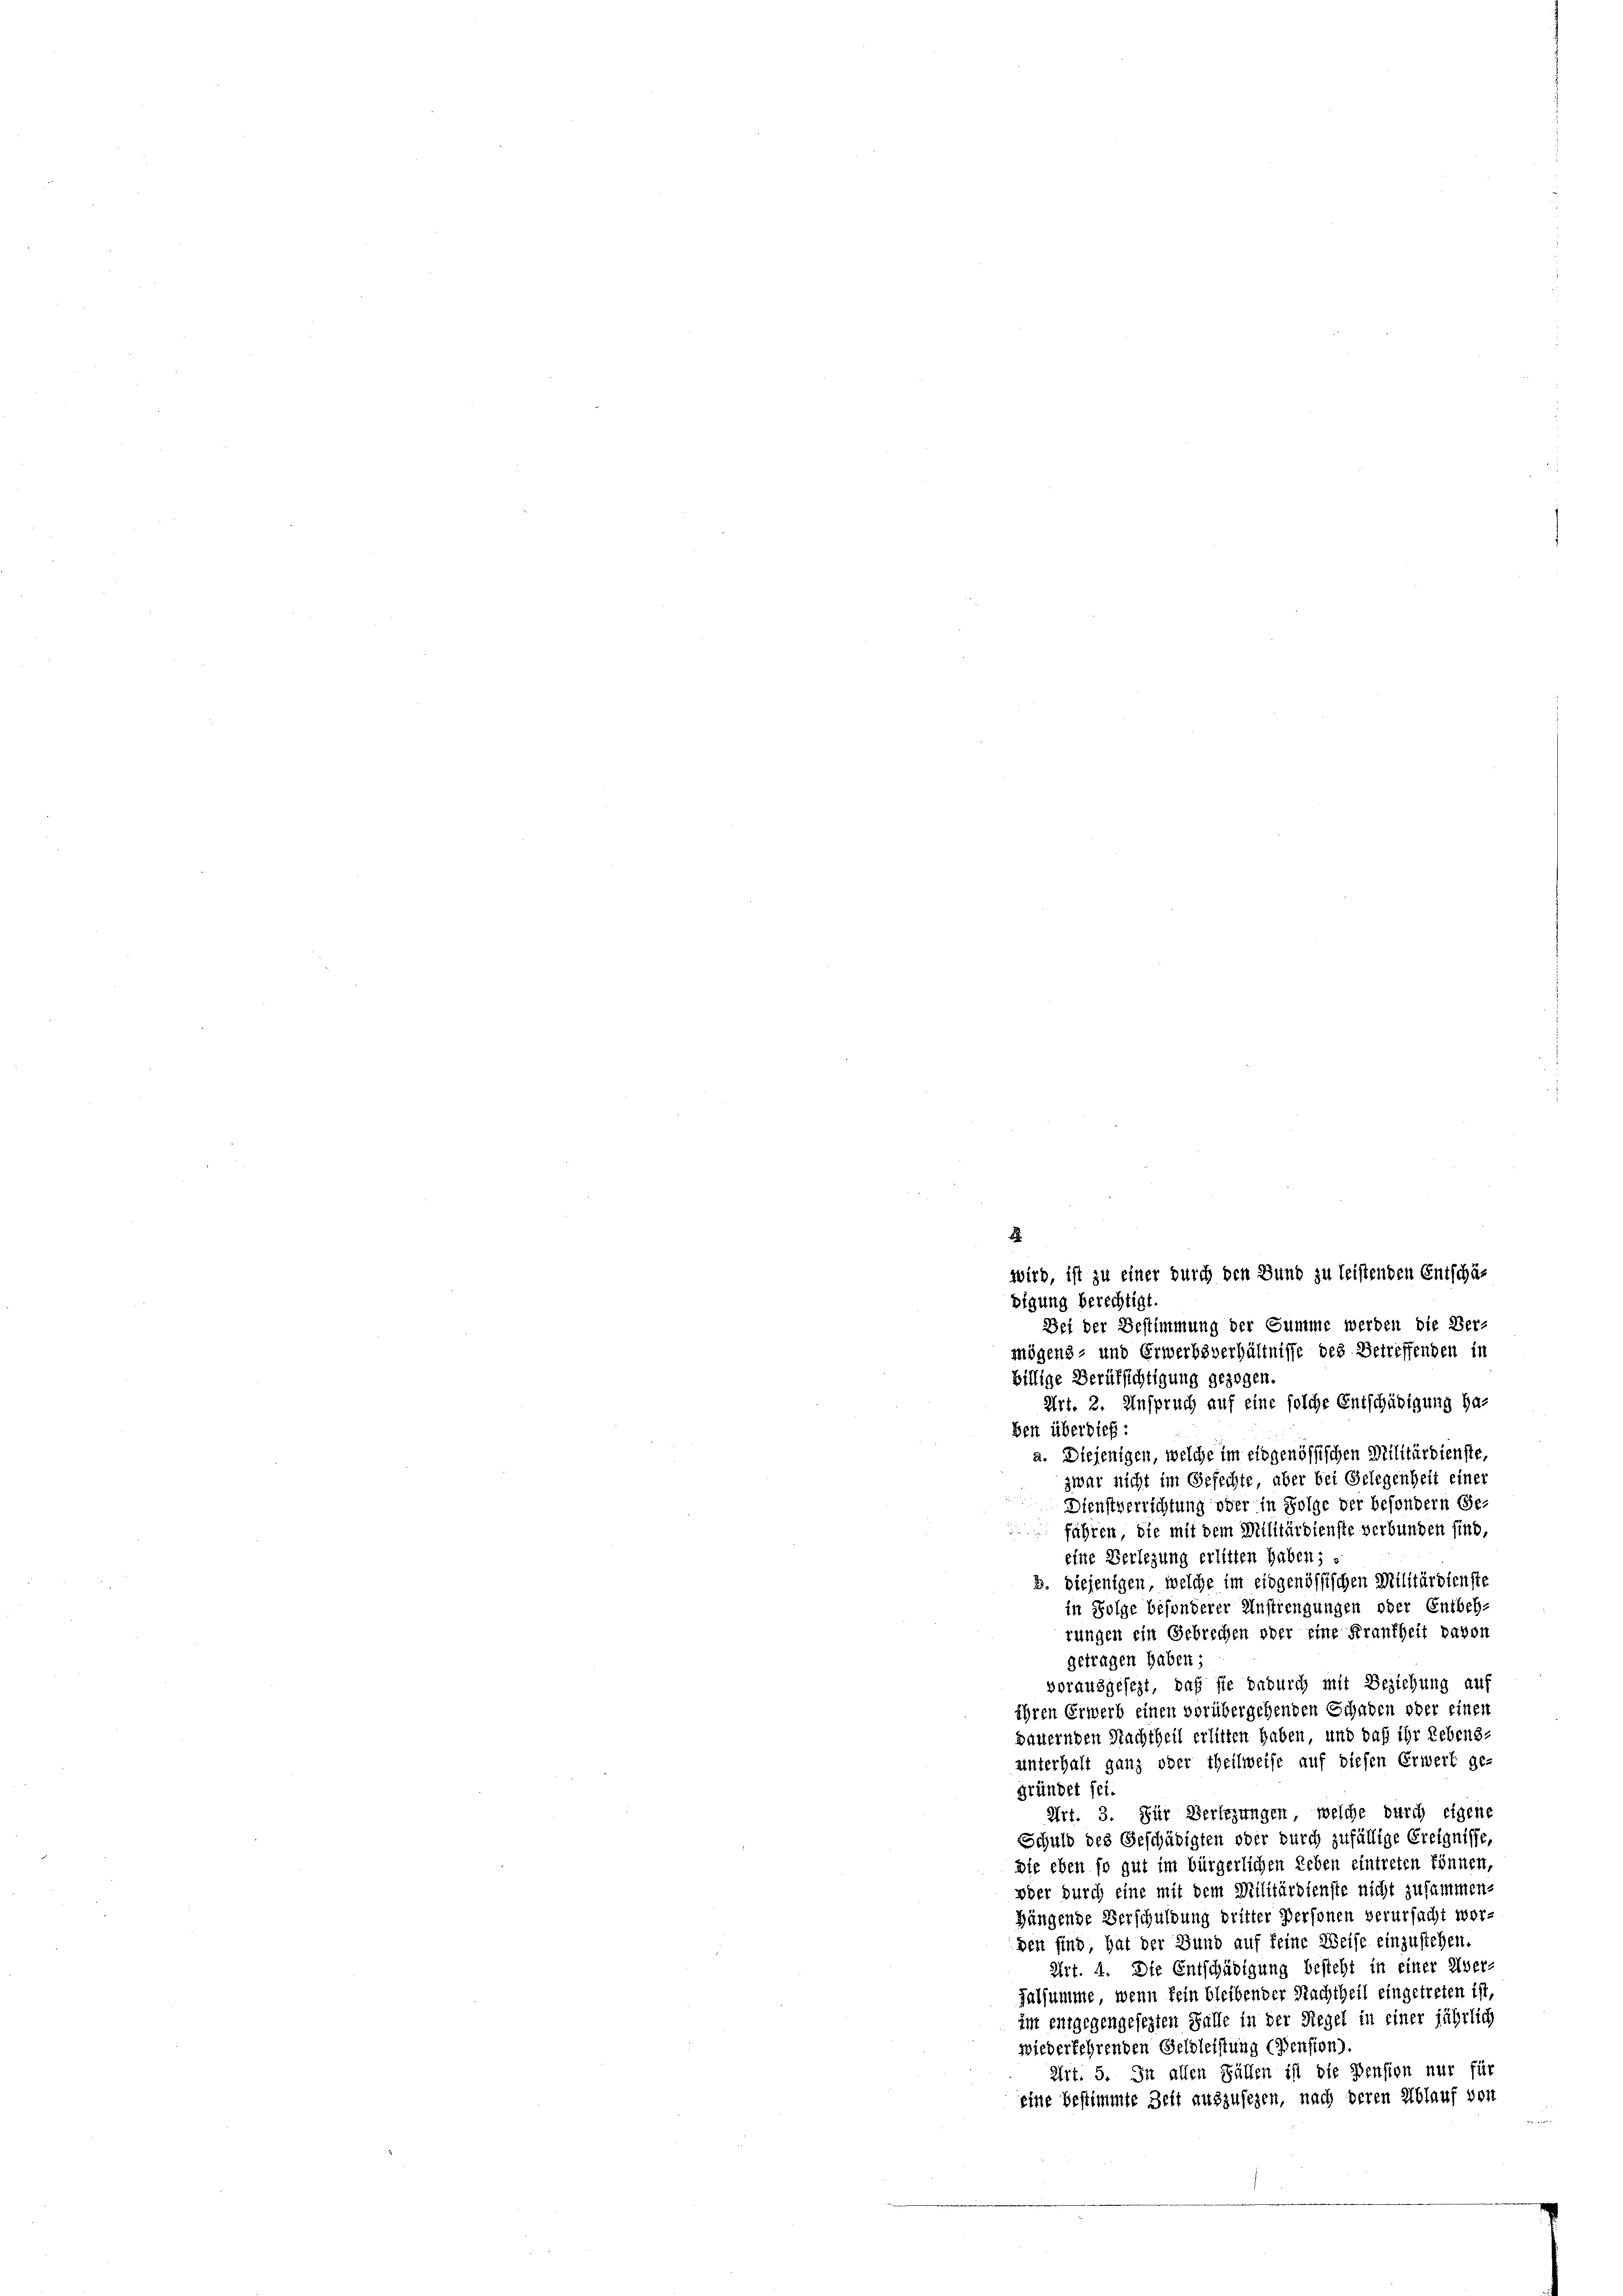
Bei der Bestimmung der Summe werden die Ver-
mögens- und Erwerbsverhältnisse des Betreffenden in
billige Berufsichtigung gezogen.
Art. 2. Anspruch auf eine solche Entschädigung ha-
ben überdieß:
a. Diejenigen, welche im eidgenössischen Militärdienste,
zwar nicht im Gefechte, aber bei Gelegenheit einer
Dienstverrichtung oder in Folge der besondern Ge-
führen, die mit dem Militärdienste verbunden sind,
eine Verlegung erlitten haben;
b. diejenigen, welche im eidgenössischen Militärdienste
in Folge besonderer Anstrengungen oder Entbehr
rungen ein Gebrechen oder eine Frankheit davon
getragen haben;
vorausgesezt, daß sie dadurch mit Beziehung auf
ihren Erwerb einen vorübergehenden Schaden oder einen
sauernden Nachtheil erlitten haben, und daß ihr Lebens-
unterhalt ganz oder theilweise auf diesen Erwert ge-
gründet sei.
Art. 3. Für Verlegungen, welche durch eigene
Schuld des Geschädigten oder durch zufällige Ereignisse,
die eben so gut im bürgerlichen Leben eintreten können,
oder durch eine mit dem Militärdienste nicht zusammen-
Hängende Verschuldung dritter Personen verursacht worden sind, hat der Bund auf keine Weise einzustehen.
Art. 4. Die Entschädigung besteht in einer Über-
Falsumme, wenn kein bleibender Nachtheil eingetreten ist,
im entgegengesezten Fälle in der Regel in einer jährlich
wiederkehrenden Geldleistung (Dension).
Art. 5. In allen Fällen ist die Pension nur für
eine bestimmte Zeit auszusehen, nach deren Ablauf von

1
wird, ist zu einer durch den Bund zu leistenden Entschäf
digung berechtigt.